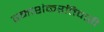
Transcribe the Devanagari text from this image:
रमाशंकरतिवारी